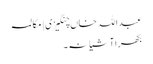
عبداللہ خاں چنگیزی | مکالمہ
بکھرا آشیانہ۔